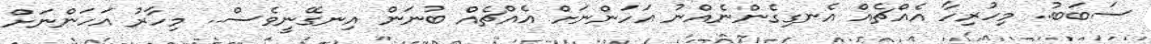
ސަބަބު.. މިހުރިހާ އެއްޗެއް އެނގިގެންނެއްނު އަހަންނަށް އެއްޗެއް ބުނަން އިނގޭނީވެސް.. މިހާރު އަހަންނަށް